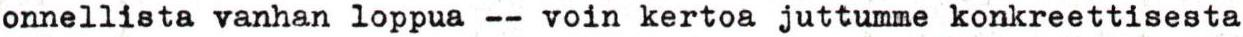
onnellista vanhan loppua -- voin kertoa juttumme konkreettisesta